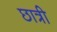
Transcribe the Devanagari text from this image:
छात्री